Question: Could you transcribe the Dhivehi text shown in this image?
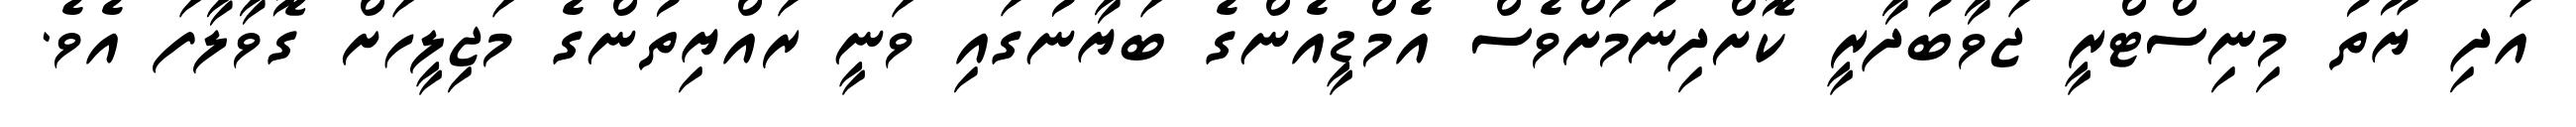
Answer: އަދި ޔޫތު މިނިސްޓްރީ ޖަވާބުދާރީ ކޮށްދިނުމަށްވެސް އެމްޑީއެންގެ ބަޔާނުގައި ވަނީ ރައްޔިތުންގެ މަޖިލީހަށް ގޮވާލާފަ އެވެ.